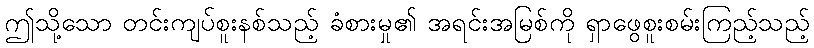
ဤသို့သော တင်းကျပ်စူးနစ်သည့် ခံစားမှု၏ အရင်းအမြစ်ကို ရှာဖွေစူးစမ်းကြည့်သည့်